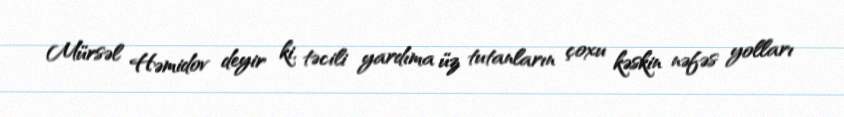
Mürsəl Həmidov deyir ki, təcili yardıma üz tutanların çoxu kəskin nəfəs yolları